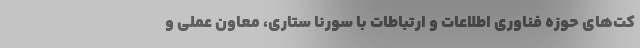
کت‌های حوزه فناوری اطلاعات و ارتباطات با سورنا ستاری، معاون عملی و